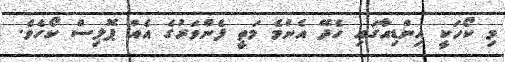
މި ކޯހަކީ އިންޑިއާގައި ހެދޭ އެންމެ މަތީ ފެންވަރުގެ އެއް ޕޮލިސް ކޯހެވެ.